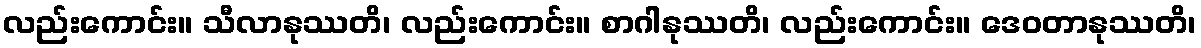
လည်းကောင်း။ သီလာနုဿတိ၊ လည်းကောင်း။ စာဂါနုဿတိ၊ လည်းကောင်း။ ဒေဝတာနုဿတိ၊